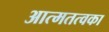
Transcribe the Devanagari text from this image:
आत्मतत्वका